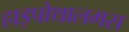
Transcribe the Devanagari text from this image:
हाइपोथालमस